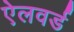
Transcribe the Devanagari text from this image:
ऐलवर्ड